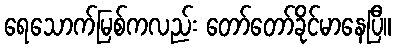
ရေသောက်မြစ်ကလည်း တော်တော်ခိုင်မာနေပြီ။